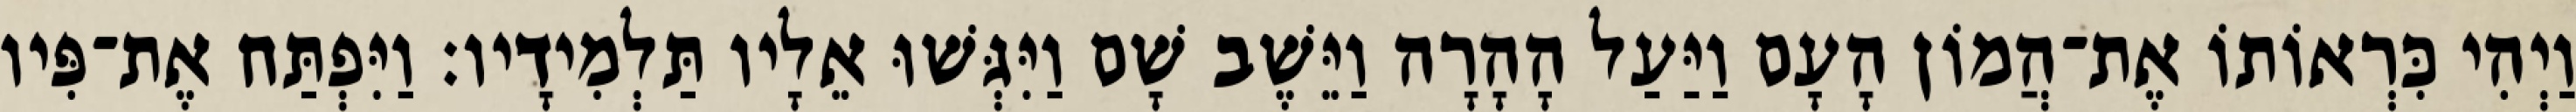
וַיְהִי כִּרְאוֹתוֹ אֶת־הֲמוֹן הָעָם וַיַּעַל הָהָרָה וַיֵּשֶׁב שָׁם וַיִּגְּשׁוּ אֵלָיו תַּלְמִידָיו׃ וַיִּפְתַּח אֶת־פִּיו